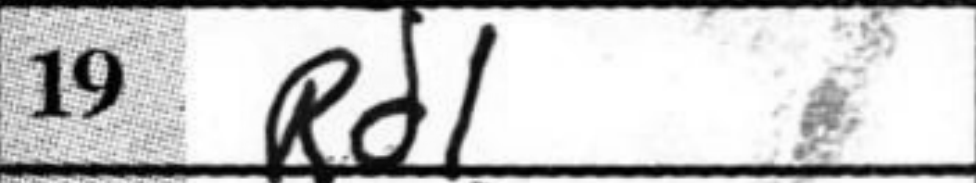
Transcription: Rd1